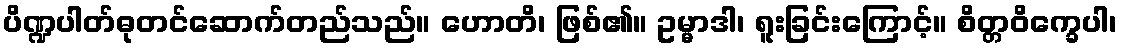
ပိဏ္ဍပါတ်ဓုတင်ဆောက်တည်သည်။ ဟောတိ၊ ဖြစ်၏။ ဥမ္မာဒါ၊ ရူးခြင်းကြောင့်။ စိတ္တဝိက္ခေပါ၊